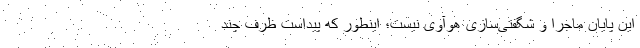
این پایان ماجرا و شگفتی‌سازی هوآوی نیست؛ اینطور که پیداست ظرف چند